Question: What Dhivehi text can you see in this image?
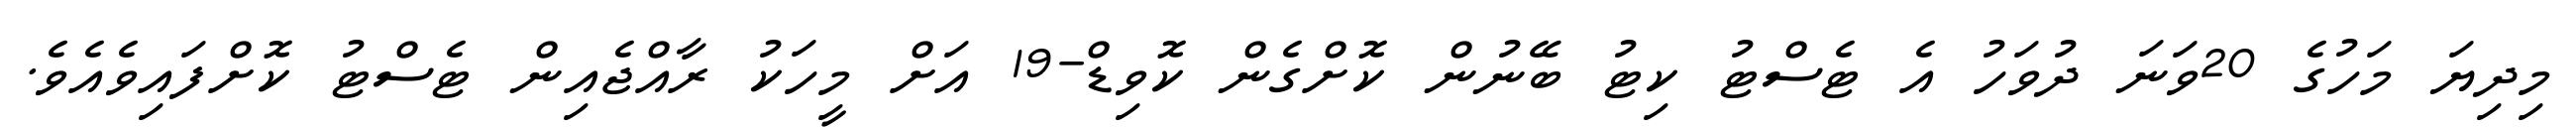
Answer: މިދިޔަ މަހުގެ 20ވަނަ ދުވަހު އެ ޓެސްޓު ކިޓު ބޭނުން ކޮށްގެން ކޮވިޑް-19 އަށް މީހަކު ރާއްޖެއިން ޓެސްޓު ކޮށްފައިވެއެވެ.